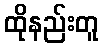
ထိုနည်းတူ